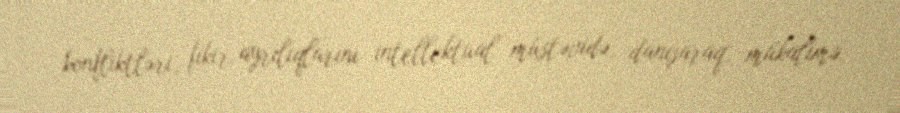
konfliktləri, fikir ayrılıqlarını intellektual müstəvidə, danışaraq, mükalimə